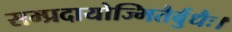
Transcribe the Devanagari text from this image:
सम्प्रदायोज्भितैर्बुधैः।